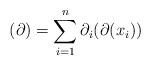
LaTeX: \begin{align*}(\partial)=\sum_{i=1}^n\partial_i(\partial(x_i))\end{align*}